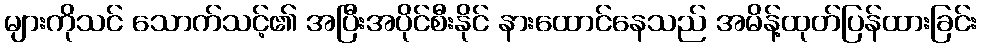
များကိုသင် သောက်သင့်၏ အပြီးအပိုင်စီးနိုင် နားထောင်နေသည် အမိန့်ထုတ်ပြန်ထားခြင်း